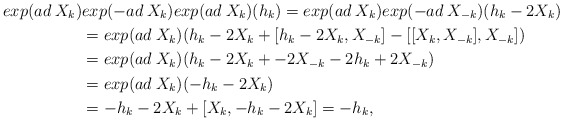
\begin{align*}exp(ad \: X_{k})&exp(-ad \: X_{k})exp(ad \: X_{k})(h_{k}) =exp(ad \: X_{k})exp(-ad \: X_{-k})(h_{k}-2X_{k})\\ &= exp(ad \: X_{k})(h_{k}-2X_{k} + [h_{k}-2X_{k},X_{-k}] - [[X_{k},X_{-k}],X_{-k}])\\ &= exp(ad \: X_{k})(h_{k}-2X_{k} + -2X_{-k}-2h_{k} +2 X_{-k})\\ &= exp(ad \: X_{k})(-h_{k}-2X_{k})\\ &= -h_{k}-2X_{k} + [X_{k},-h_{k}-2X_{k}] = -h_{k},\end{align*}